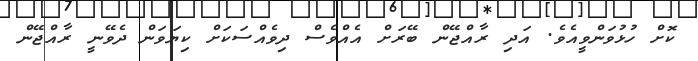
ކޮށް ހުޅުވަންވީއެވެ. އަދި ރާއްޖޭން ބޭރަށް އެއްވެސް ދިވެއްސަކަށް ކިޔަވަން ދެވޭނީ ރާއްޖޭން